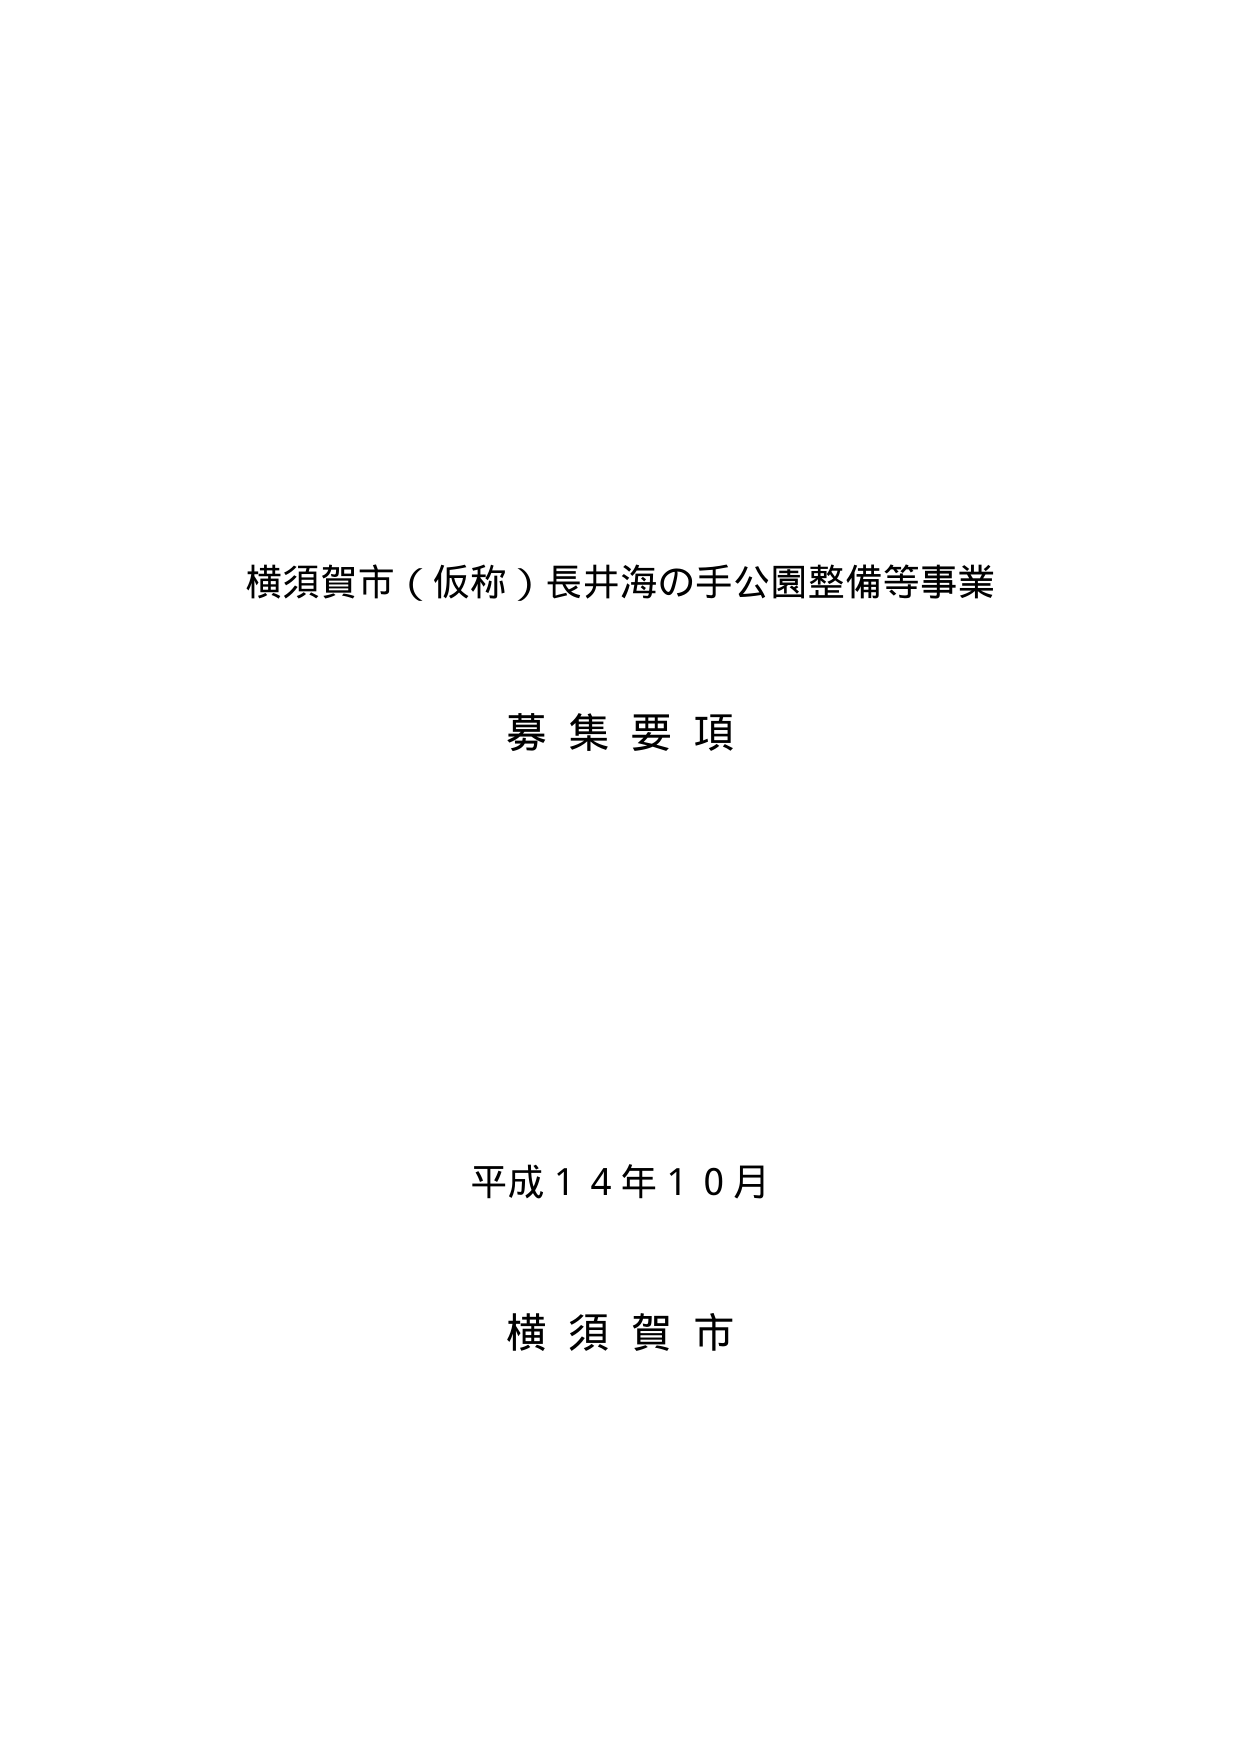
横須賀市（仮称）長井海の手公園整備等事業

募集要項

平成１４年１０月

横須賀市